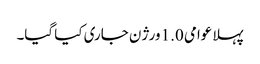
پہلا عوامی 1.0 ورژن جاری کیا گیا۔